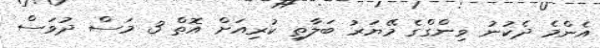
އެންމެ ދެކުނު ވިންގްގެ މޭޔަރު ބަލާތި ކުރިއަށް އޮތް 3 މަސް ދުވަސް